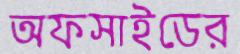
অফসাইডের